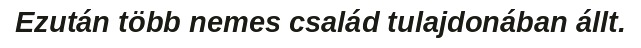
Ezután több nemes család tulajdonában állt.